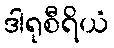
ဒါရုစီရိယံ